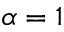
\alpha = 1